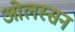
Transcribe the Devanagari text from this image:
ओलस्सन